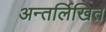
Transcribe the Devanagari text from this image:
अन्तर्लिखित